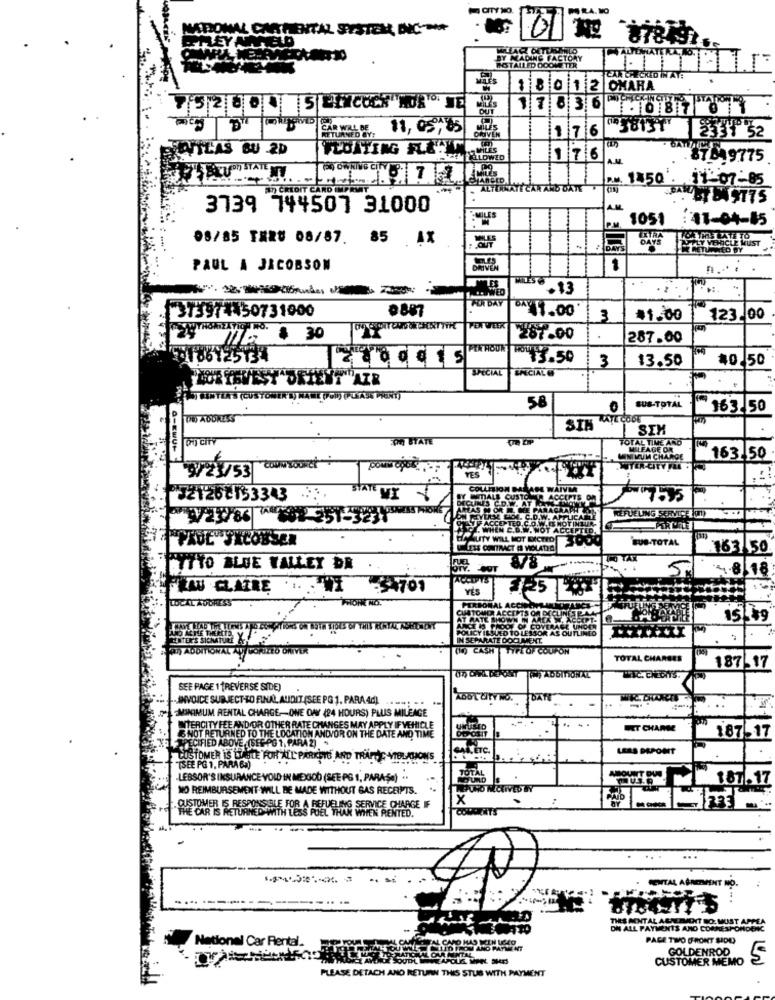
CITY NO.
MAL CA
MENTAL SYSTEM NIC
BY MADING FACTORY
MOTAILED OOOMETER
1 8 0 12 OMARA
OUT
17836
STUNDE: 11, 05,65
CAR WALD
17 6
2331 52
VILAS BU -2D
176
A.M.
64187 5 9775
P.M. 1450'.
$1:07-85
D CREDIT CARD IMPRWIT
-
RAAYY CAR AND DATE # M
3739 744507 31000
AM
1051 :07-04-85
08/85 TER# 08/87. 85 AX
PAUL A JACOBSON
1
L'. WED
6.13
0887
PER DAY
373974450731000
1.00
3
$1.00
123.00
FENWEEK
$ 30
287.00
287.00
TA HOUN
2106125134
*** 3.50
3
13.50
40.50
SPECIAL
EPECIALE
SUB-TOTAL
58
163 50
LAJE CODE
SIN
SIM
FOR STATE
TOTAL TIME AND
MILFAGE OR
MINIMUM CHARGE
163 50
9/23/53
YES
COLLISION MAS
VANM
J21262133343
NITIALS CUSTO
INES CO. . A
PARAGRAPH
W. AITUCASE
REFUELING SERVIC - (I)
PROL" SECONSER
ILITY WILL NOT DICTED
SUB-TOTAL
LETS CONTRACT & MOLATH
163 50
TUTTO BLUE VALLEY DR
18
EAU CLAIRE 1 :001
YÉS
1252
LOCAL AUDRESS
PERSONAL AC
CUSTOMER ACCEPTS OM DECLINES P.A.A
AT RATE SHOWN IN ARCA M. ACCEPT-
15.49
POLICY ISSUED TO LESSOR AS OUTLINED
ANCE IS PROOF OF COVERAGE UNDER
IN SEPARATE DOCUMENT.
STR) ADDITIONAL AU FORILES DRIVER
(10 CASH TYPE OF COUPON
TOTAL CHARGES
187-17
SEE PAGE 1 (REVERSE SIDE)
-ANVOICE SUBJECT-TO FINAL AUDIT (SEE PG 1. PARA 4d).
MINIMUM RENTAL CHARGE-ONE DAY (24 HOURS) PLUS MILEAGE
INTERCITY FEE AND/OR OTHER RATE CHANGES MAY APPLY IF VEHICLE
THE LOCATION ANDVOR ON THE DATE AND TIME
ET CHARGE
& NOT RETURNED TO THE LOCA
187.17
ECIFIED ABOVE .(SEE-PG 1, PARA 2)
LESS DEPONT
CUSTOMER IS LUISLE FOR ALL PARKEYS AND TRAFFIC VIOLATIONS
.....
TSEE PG 1, PARA 64)
-LESSOR'S INSURANCE VOLD IN MEXICO (SEE PS 1, PARASa) ..
TOTAL
.
NO REIMBURSEMENT WILL BE MADE WITHOUT GAS RECEPTS.
PUNO NICKIVED BY
x
THE CAR IS RETURNED WITH LESS POEL THAN
G SERVICE CHARGE IF
COLCENTS
. s.
RENTAL AĞINITIMENT NO.
THES MENTAL AGREEMENT BO. MUST APPEA
ON ALL PAYMENTS AND CORESPONDENC
National Car Rental
PACE TIVO FRONT SIDO
GOLDENROD
CUSTOMER MEMO
PLEASE DETACH AND RETURN THIS STUB WITH PAYMENT